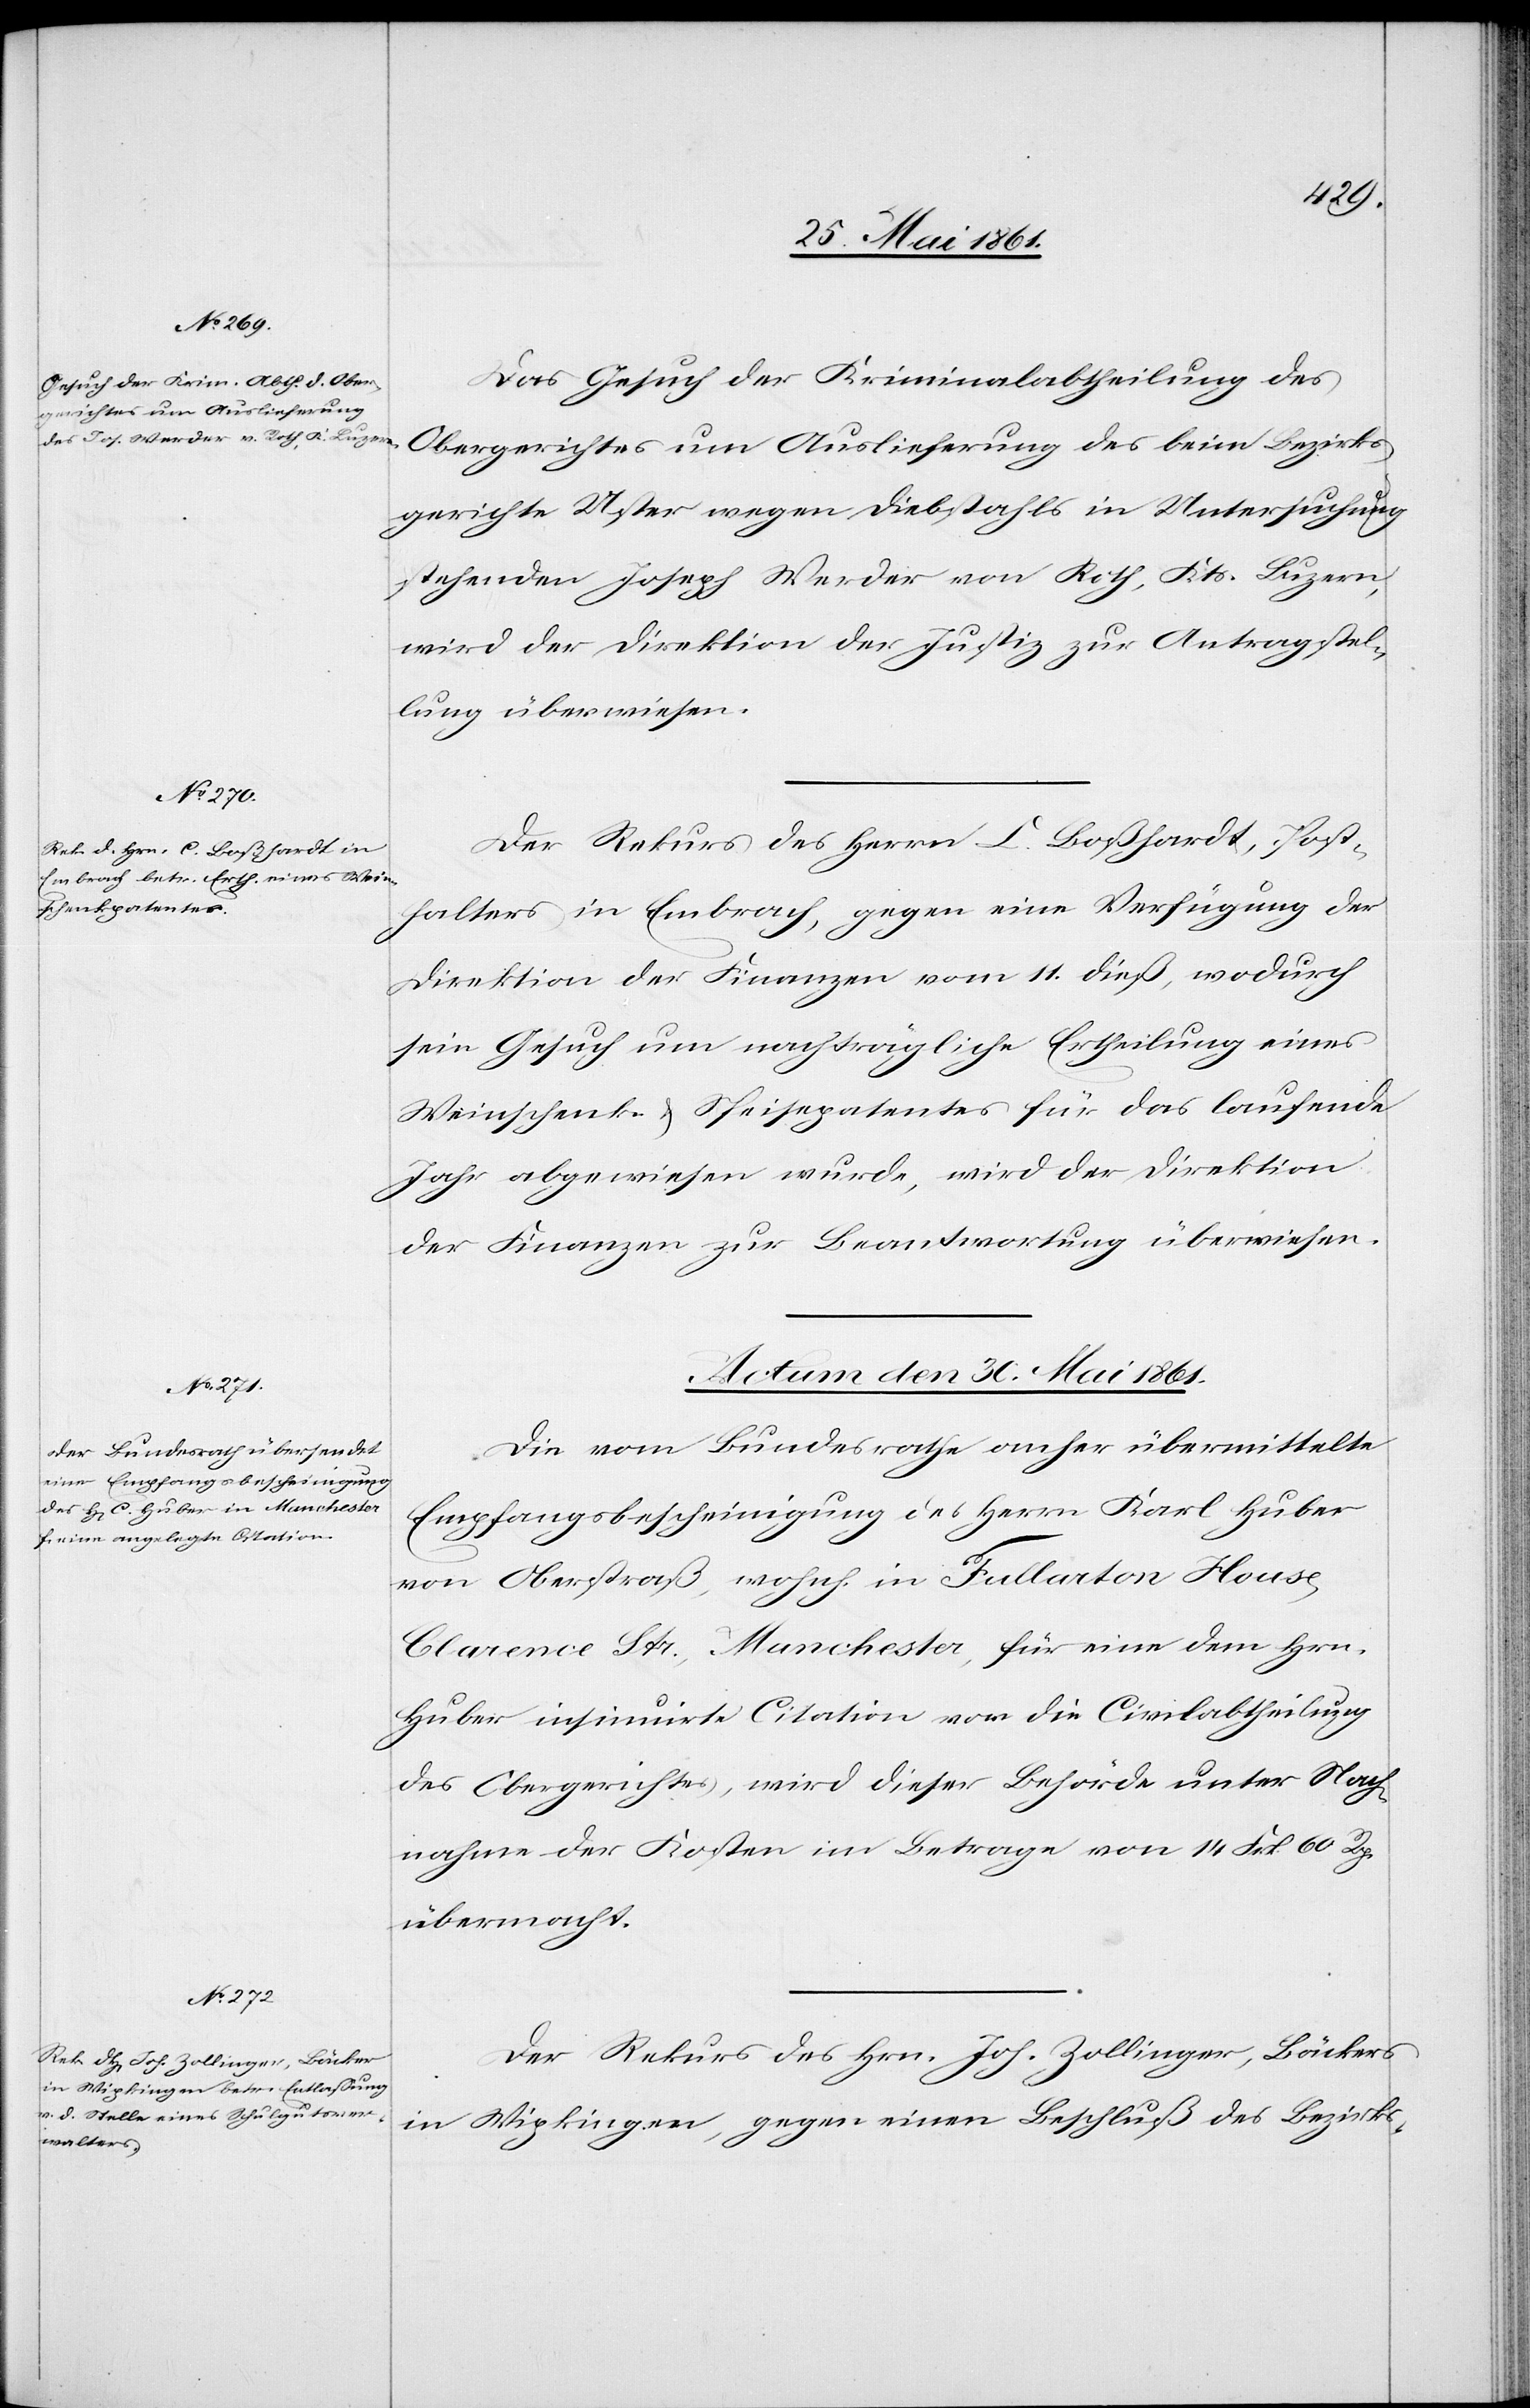
Das Gesuch der Kriminalabtheilung des
Obergerichtes um Auslieferung des beim Bezirks¬
gerichte Uster wegen Diebstahls in Untersuchung
stehenden Joseph Werder von Roth, Kts. Luzern,
wird der Direktion der Justiz zur Antragstel¬
lung überwiesen.
Der Rekurs des Herrn C. Bosshardt, Post¬
halters in Embrach, gegen eine Verfügung der
Direktion der Finanzen vom 11. dieß, wodurch
sein Gesuch um nachträgliche Ertheilung eines
Weinschenk- u. Speisepatentes für das laufende
Jahr abgewiesen wurde, wird der Direktion
der Finanzen zur Beantwortung überwiesen.
Actum den 30. Mai 1861.]
Die vom Bundesrathe anher übermittelte
Empfangsbescheinigung des Herrn Karl Huber
von Oberstraß, wohnh. in Fallarton House,
Clarence Str., Manchester, für eine dem Hrn.
Huber insinuirte Citation vor die Civilabtheilung
des Obergerichtes, wird dieser Behörde unter Nach¬
nahme der Kosten im Betrage von 14. Frk. 60 Rp.
übermacht.
Der Rekurs des Hrn. Joh. Zollinger, Bäckers
in Wipkingen, gegen einen Beschluß des Bezirks-